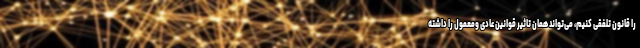
را قانون تلفقی کنیم، می‌تواند همان تاثیر قوانین عادی ومعمول را داشته